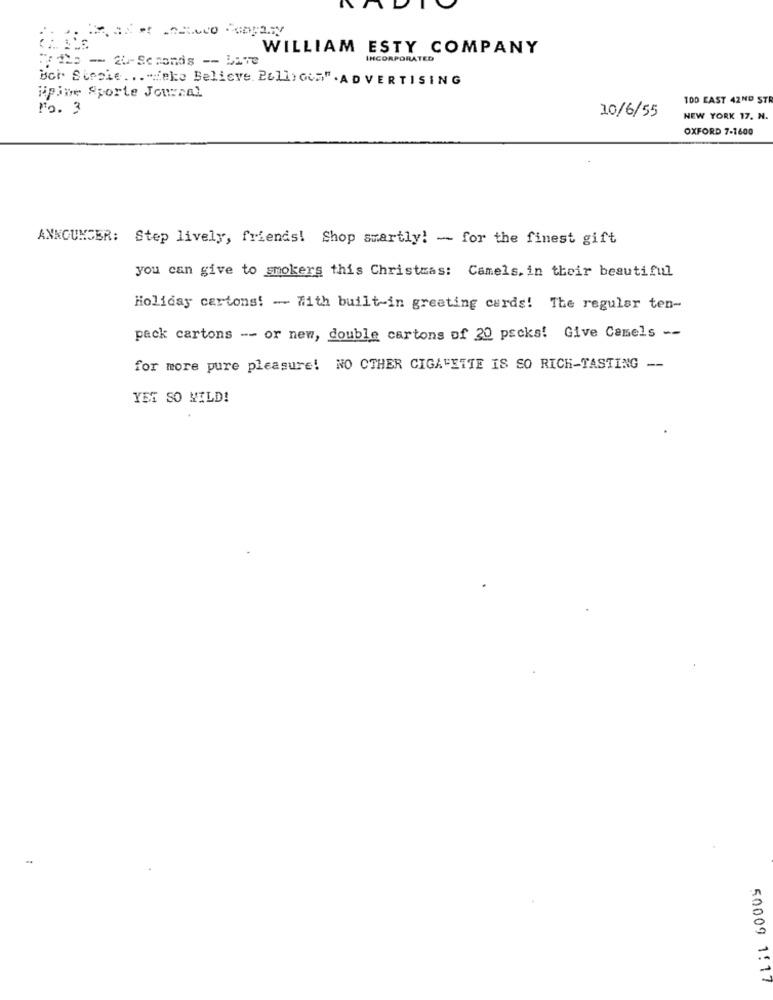
WILLIAM ESTY COMPANY
:7 the - 20-Seconds -- Live
INCORPORATED
Bot. Stesie ... "Heke Believe. PelliGoa" . ADVERTISING
Hpive Sporte Journal
TOD EAST 42ND ST
Fo. 3
10/6/55
NEW YORK 17. N.
OXFORD 7-1600
ANNOUNCER: Step lively, friends! Shop smartly! - for the finest gift
you can give to smokers this Christmas: Camels. in their beautiful
Holiday cartons! - With built-in greeting cards! The regular ten-
pack cartons -- or new, double cartons of 20 packs! Give Camels --
for more pure pleasure! NO CTHER CIGALETTE IS SO RICH-TASTING --
YET SO MILD!
50009 1:17